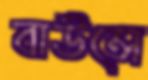
বাউন্সে